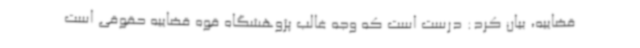
قضاییه، بیان کرد: درست است که وجه غالب پژوهشگاه قوه قضاییه حقوقی است